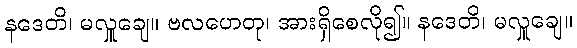
နဒေတိ၊ မလှူချေ။ ဗလဟေတု၊ အားရှိစေလို၍။ နဒေတိ၊ မလှူချေ။